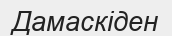
Дамаскіден